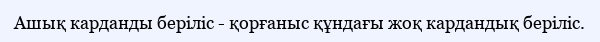
Ашық карданды беріліс - қорғаныс құндағы жоқ кардандық беріліс.